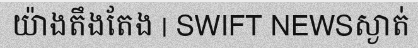
យ៉ាងតឹងតែង | SWIFT NEWSស្ងាត់